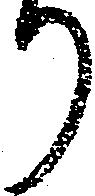
り